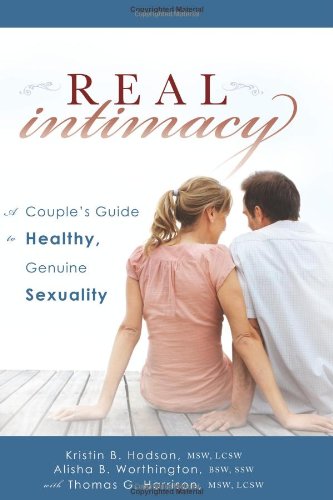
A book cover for Real Intimacy: A Couples' Guide to Healthy, Genuine Sexuality; Thomas G. Harrison; Christian Books & Bibles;